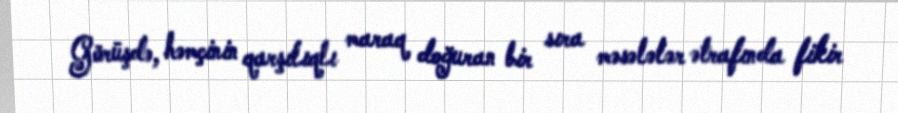
Görüşdə, həmçinin qarşılıqlı maraq doğuran bir sıra məsələlər ətrafında fikir